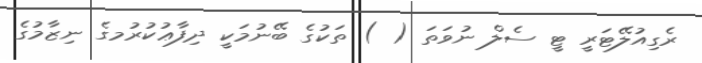
ރެގިއުލޭޓަރީ ޓީ ސެލް ނުވަތަ ( ) ތަކުގެ ބޭނުމަކީ ދިފާޢުކުރުމގެ ނިޒާމުގެ